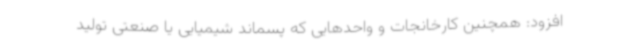
افزود: همچنین کارخانجات و واحدهایی که پسماند شیمیایی یا صنعتی تولید